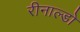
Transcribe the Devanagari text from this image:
रीनाल्डो